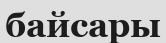
байсары